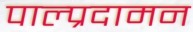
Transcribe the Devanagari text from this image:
पाल्प्रदामन